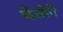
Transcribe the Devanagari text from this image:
चेलोने